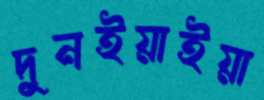
দুনইয়াইয়া